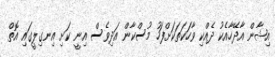
އިޝާން އާދޭހާއެކު ދެއްކި ވާހަކަތަކަށްފަހު މުސްކާން އަދިވެސް އިނީ ކަށި އިނގިލީގައި އޮތް